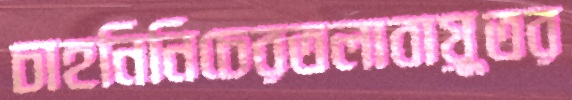
চাহনিনিচেরতলাবায়ুতর